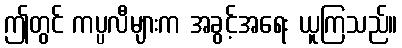
ဤတွင် ကပ္ပလီများက အခွင့်အရေး ယူကြသည်။